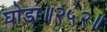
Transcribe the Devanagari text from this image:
घोडा॥२५२॥